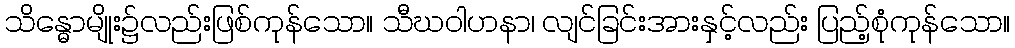
သိန္ဓောမျိုး၌လည်းဖြစ်ကုန်သော။ သီဃဝါဟနာ၊ လျင်ခြင်းအားနှင့်လည်း ပြည့်စုံကုန်သော။